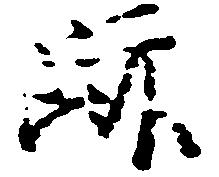
跡